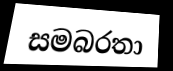
සමබරතා